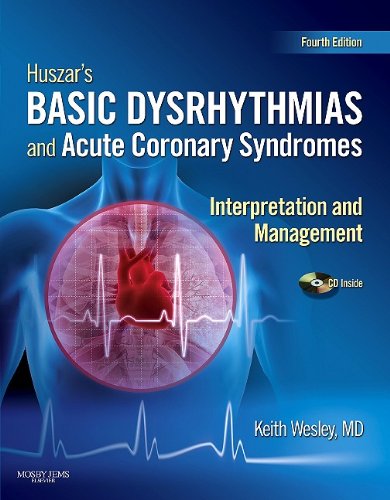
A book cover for Huszar's Basic Dysrhythmias and Acute Coronary Syndromes: Interpretation and Management Text & Pocket Guide Package, 4e; Keith Wesley MD; Medical Books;